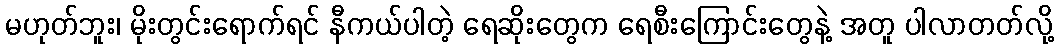
မဟုတ်ဘူး၊ မိုးတွင်းရောက်ရင် နီကယ်ပါတဲ့ ရေဆိုးတွေက ရေစီးကြောင်းတွေနဲ့ အတူ ပါလာတတ်လို့